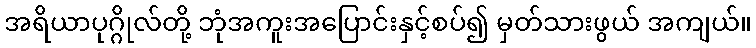
အရိယာပုဂ္ဂိုလ်တို့ ဘုံအကူးအပြောင်းနှင့်စပ်၍ မှတ်သားဖွယ် အကျယ်။